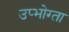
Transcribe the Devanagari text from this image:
उप्भोग्ता